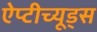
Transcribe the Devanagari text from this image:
ऐप्टीच्यूड्स